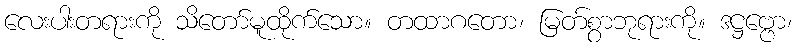
လေးပါးတရားကို သိတော်မူထိုက်သော။ တထာဂတော၊ မြတ်စွာဘုရားကို။ ဒဋ္ဌဗ္ဗော၊